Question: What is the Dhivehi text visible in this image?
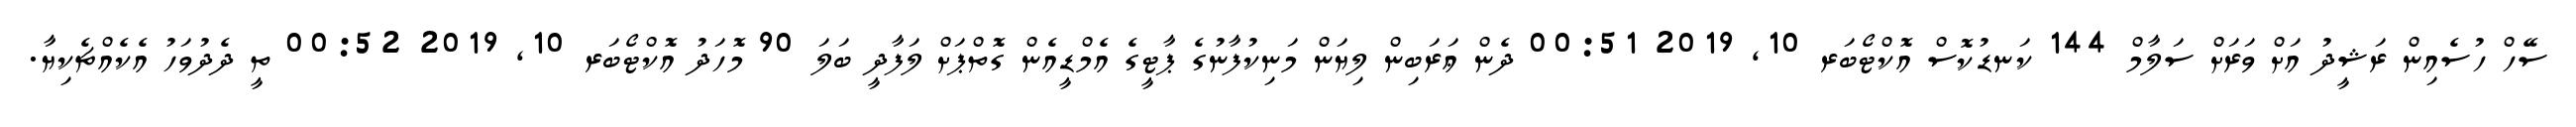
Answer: ސޭހް ހުސެއިން ރަޝީދު އަށް ވަރަށް ސަލާމް 144 ކަނޑުކޮސް އޮކްޓޯބަރ 10, 2019 00:51 ދެން ޢަރަބިން ލިޔަން މަނިކުފާނުގެ ޕާޓީގެ އެމްޑީއެން ގޮތްޕަށް ލަފާދީ ބަލަ 90 މޮހަދު އޮކްޓޯބަރ 10, 2019 00:52 ތީ ދެދުވަހު އެކެއްޗެކިޔާ.